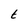
Character: t